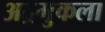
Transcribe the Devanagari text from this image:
अद्रमुकला